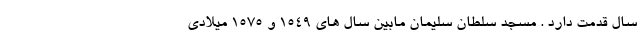
سال قدمت دارد . مسجد سلطان سلیمان مابین سال های ۱۵۴۹ و ۱۵۷۵ میلادی